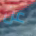
عن